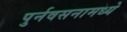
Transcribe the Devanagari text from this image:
पुर्नवसनामध्ये